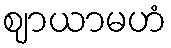
ဈာယာမဟံ